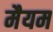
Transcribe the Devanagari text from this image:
मैयम